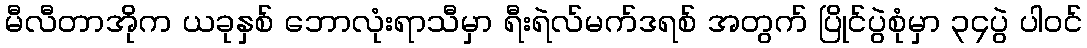
မီလီတာအိုက ယခုနှစ် ဘောလုံးရာသီမှာ ရီးရဲလ်မက်ဒရစ် အတွက် ပြိုင်ပွဲစုံမှာ ၃၄ပွဲ ပါဝင်